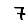
Digit: 7